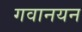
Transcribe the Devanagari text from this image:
गवानयन